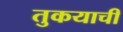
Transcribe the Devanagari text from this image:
तुकयाची